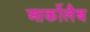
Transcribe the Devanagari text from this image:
आर्कोलैब